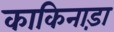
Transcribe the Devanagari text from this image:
काकिनाड़ा